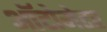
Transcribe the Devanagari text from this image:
ऑटोमेटर